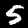
Label: 5